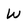
Character: W